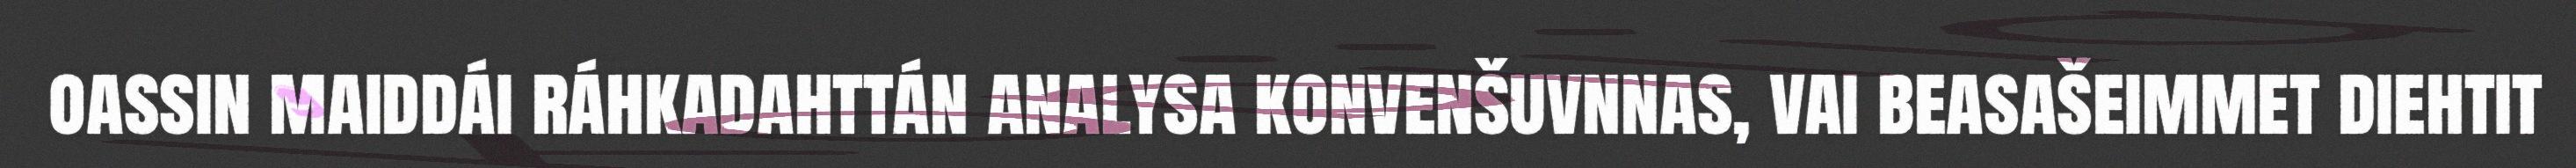
oassin maiddái ráhkadahttán analysa konvenšuvnnas, vai beasašeimmet diehtit